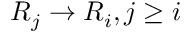
R _ { j } \to R _ { i } , j \geq i